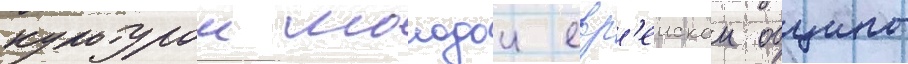
культурои молодои евр'еискои общины